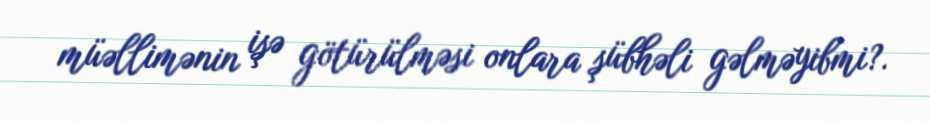
müəllimənin işə götürülməsi onlara şübhəli gəlməyibmi?.